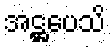
အဋ္ဌပေသိ